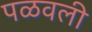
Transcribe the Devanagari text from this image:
पळवली